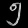
Digit: ၅